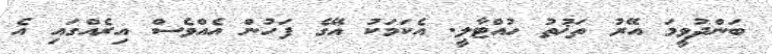
ބަންދުވީމަ އޭރު ތަޚުތު ހުއްޓާލީ. އެކަމަކު އޭގެ ފަހުން އެއްވެސް އިރެއްގައި އެ